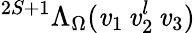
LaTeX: {}^{2S+1}\Lambda_{\Omega}(\mathit{v}_{1}\, \mathit{v}_{2}^{l}\, \mathit{v}_{3})